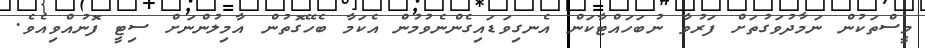
މީސްތަކުން ނަމާދުވަގުތަށް ފަރުވާ ނުބަހައްޓާކަން އެނގިވަޑައިގެންނެވުމުން އެކަމާ ބެހޭގޮތުން އާމިލުންނަށް ސިޓީ ފޮނުއްވިއެވެ.